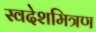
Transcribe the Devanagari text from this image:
स्वदेशमित्रण